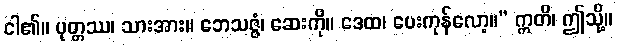
ငါ၏။ ပုတ္တဿ၊ သားအား။ ဘေသဇ္ဇံ၊ ဆေးကို။ ဒေထ၊ ပေးကုန်လော့။” ဣတိ၊ ဤသို့။